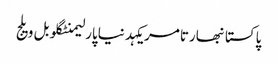
پاکستانبھارتامریکہدنیاپارلیمنٹگلوبل ویلج